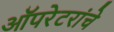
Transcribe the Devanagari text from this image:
ऑपरेटरांचे